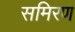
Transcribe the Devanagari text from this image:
समिरण